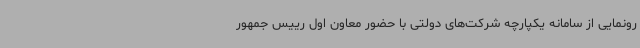
رونمایی از سامانه یکپارچه شرکت‌های دولتی با حضور معاون اول رییس جمهور